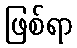
ဖြစ်ရာ